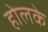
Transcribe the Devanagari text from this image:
होलके